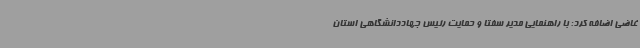
غاضی اضافه کرد: با راهنمایی مدیر سفتا و حمایت رئیس جهاددانشگاهی استان